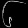
Digit: ၆